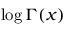
\log \Gamma ( x )